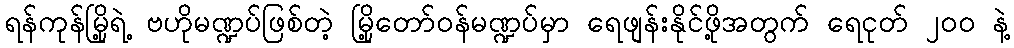
ရန်ကုန်မြို့ရဲ့ ဗဟိုမဏ္ဍပ်ဖြစ်တဲ့ မြို့တော်ဝန်မဏ္ဍပ်မှာ ရေဖျန်းနိုင်ဖို့အတွက် ရေငုတ် ၂၀၀ နဲ့